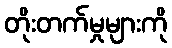
တိုးတက်မှုများကို